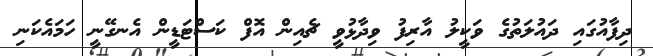
ދިފާއުގައި ދައުލަތުގެ ވަކީލު އާރިފު ވިދާޅުވީ ޗެއިން އޮފް ކަސްޓަޑީން އެނގޭނީ ހަމައެކަނި